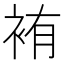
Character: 𫋸